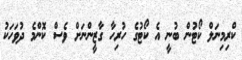
ކްރިމިނަލް ކޯޓުން ބުނީ އެ ކޯޓުގެ ހުރިހާ ގާޒީންނަށް ވެސް ކޮންމެ ދުވަހަކު